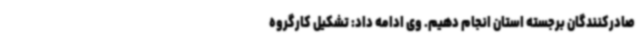
صادرکنندگان برجسته استان انجام دهیم. وی ادامه داد: تشکیل کارگروه